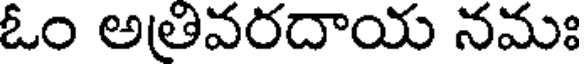
ఓం అతివరదాయ నమః